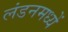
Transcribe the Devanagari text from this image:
लंडनमध्यें